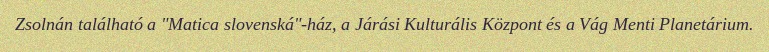
Zsolnán található a "Matica slovenská"-ház, a Járási Kulturális Központ és a Vág Menti Planetárium.